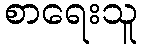
စာရေးသူ